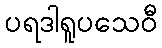
ပရဒါရူပသေဝီ